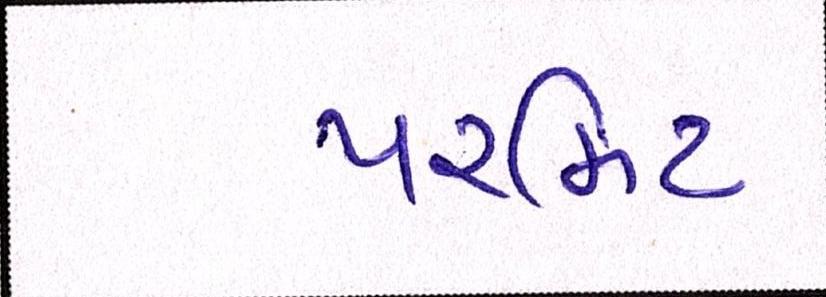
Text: પરમિટ